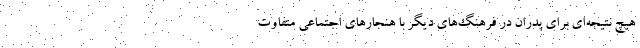
هیچ نتیجه‌ای برای پدران در فرهنگ‌های دیگر با هنجارهای اجتماعی متفاوت